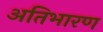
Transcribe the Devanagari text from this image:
अतिभारण